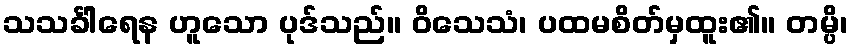
သသင်္ခါရေန ဟူသော ပုဒ်သည်။ ဝိသေသံ၊ ပထမစိတ်မှထူး၏။ တမ္ပိ၊